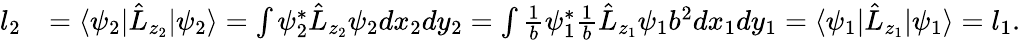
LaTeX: \begin{array}{rl}{l_{2}}&{=\langle\psi_{2}|\hat{L}_{z_{2}}|\psi_{2}\rangle=\int{\psi_{2}^{*}\hat{L}_{z_{2}}\psi_{2}dx_{2}dy_{2}}=\int{\frac{1}{b}\psi_{1}^{*}\frac{1}{b}\hat{L}_{z_{1}}\psi_{1}b^{2}dx_{1}dy_{1}}=\langle\psi_{1}|\hat{L}_{z_{1}}|\psi_{1}\rangle=l_{1}.}\end{array}